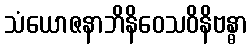
သံယောဇနာဘိနိဝေသဝိနိဗန္ဓာ